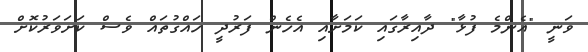
ވަނީ "އެންމެ ފުޅާ" ދާއިރާގައި ކަމަށާއި އެހެން ފަރުދީ ހައްގުތައް ވެސް ކަށަވަރުކޮށް